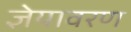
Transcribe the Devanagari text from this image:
ज्ञेयावरण